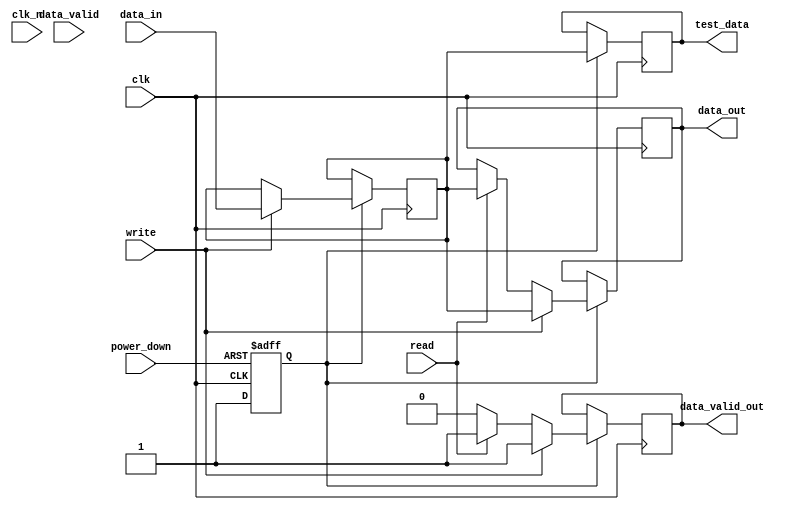
module gddr2_io_block #(
    parameter DATA_WIDTH = 16, // Can be 16, 32, or 64
    parameter VOLTAGE_LEVEL = 2.5 // Core voltage level
)(
    input wire clk,               // Clock input
    input wire clk_n,             // Differential clock input (optional)
    input wire [DATA_WIDTH-1:0] data_in, // Data input
    output reg [DATA_WIDTH-1:0] data_out, // Data output
    input wire read,              // Read control signal
    input wire write,             // Write control signal
    input wire data_valid,        // Data valid signal
    output reg data_valid_out,    // Output data valid signal
    input wire power_down,        // Power down control signal
    output reg [DATA_WIDTH-1:0] test_data // Test data output for BIST
);

    // Internal signals
    reg [DATA_WIDTH-1:0] data_buffer; // Buffer for data transfer
    reg power_state; // Power state of the I/O block

    // Power management
    always @(posedge clk or negedge power_down) begin
        if (!power_down) begin
            power_state <= 1'b0; // Power down state
        end else begin
            power_state <= 1'b1; // Active state
        end
    end

    // Data transfer logic
    always @(posedge clk) begin
        if (power_state) begin
            if (write) begin
                data_buffer <= data_in; // Capture input data
                data_out <= data_buffer; // Output data
                data_valid_out <= 1'b1; // Indicate data is valid
            end else if (read) begin
                data_out <= data_buffer; // Output buffered data
                data_valid_out <= 1'b1; // Indicate data is valid
            end else begin
                data_valid_out <= 1'b0; // No valid data
            end
        end
    end

    // Signal conditioning (placeholder for actual implementation)
    // This would include termination resistors and impedance matching
    // For simulation purposes, we will just pass the data through
    always @(posedge clk) begin
        // Signal conditioning logic would go here
    end

    // Built-in self-test (BIST) logic (simplified)
    always @(posedge clk) begin
        if (power_state) begin
            test_data <= data_buffer; // Output test data for validation
        end
    end

endmodule